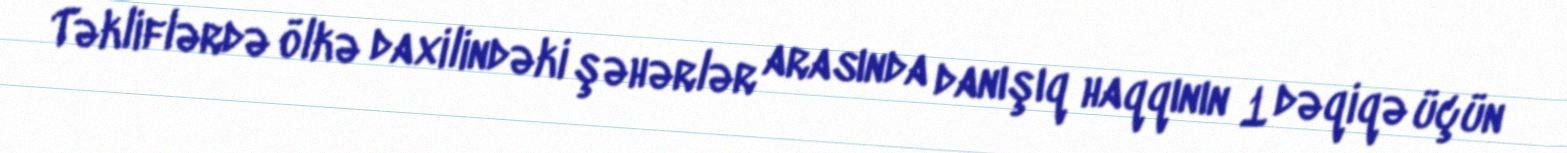
Təkliflərdə ölkə daxilindəki şəhərlər arasında danışıq haqqının 1 dəqiqə üçün